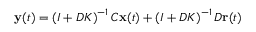
\mathbf { y } ( t ) = \left( I + D K \right) ^ { - 1 } C \mathbf { x } ( t ) + \left( I + D K \right) ^ { - 1 } D \mathbf { r } ( t )